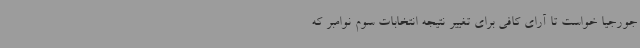
جورجیا خواست تا آرای کافی برای تغییر نتیجه انتخابات سوم نوامبر که